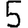
Digit: 5